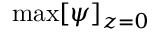
\operatorname* { m a x } [ \psi ] _ { z = 0 }